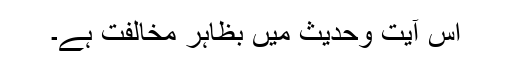
اس آیت وحدیث میں بظاہر مخالفت ہے۔